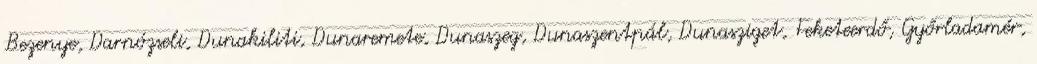
Bezenye, Darnózseli, Dunakiliti, Dunaremete, Dunaszeg, Dunaszentpál, Dunasziget, Feketeerdő, Győrladamér,